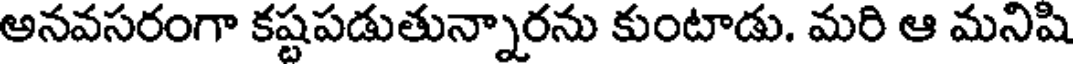
అనవసరంగా కష్టపడుతున్నారను కుంటాడు. మరి ఆ మనిషి